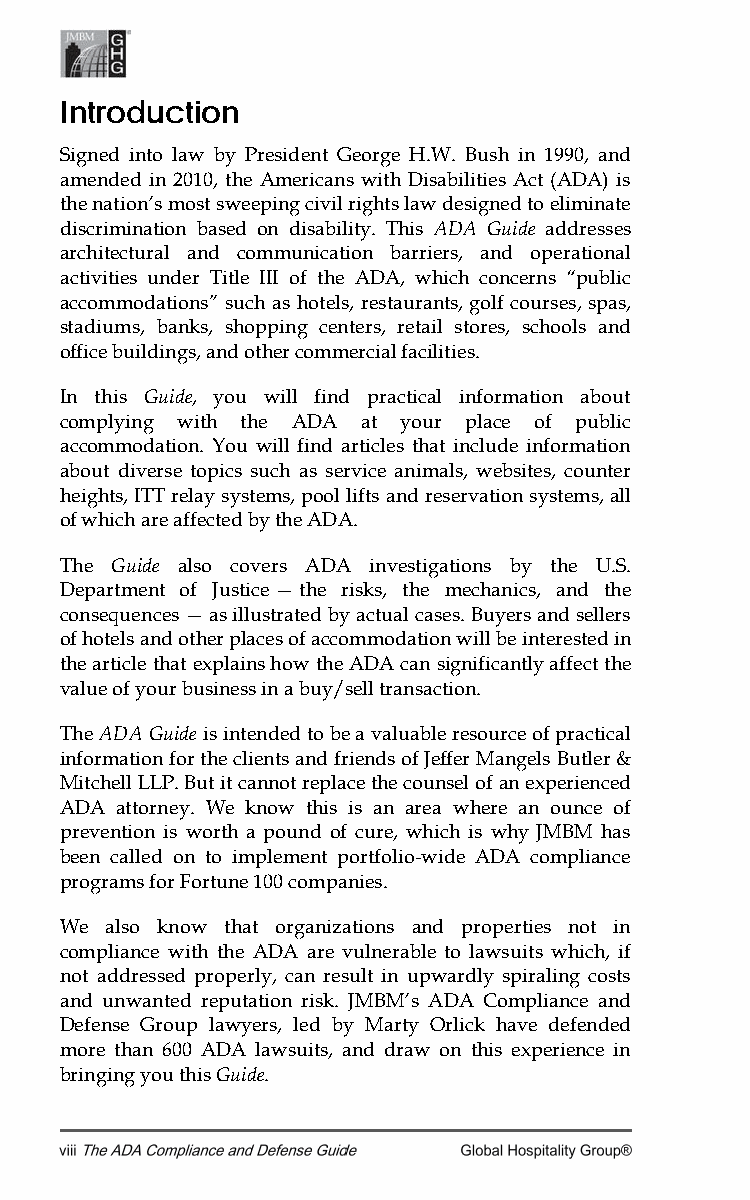
Introduction
 Signed into law by President George H.W. Bush in 1990, and
 amended in 2010, the Americans with Disabilities Act (ADA) is
 the nation’s most sweeping civil rights law designed to eliminate
 discrimination based on disability. This ADA Guide addresses
 architectural and communication barriers, and operational
 activities under Title III of the ADA, which concerns “public
 accommodations” such as hotels, restaurants, golf courses, spas,
 stadiums, banks, shopping centers, retail stores, schools and
 office buildings, and other commercial facilities.
 In this Guide, you will find practical information about
 complying with the ADA at your place of public
 accommodation. You will find articles that include information
 about diverse topics such as service animals, websites, counter
 heights, ITT relay systems, pool lifts and reservation systems, all
 of which are affected by the ADA.
 The Guide also covers ADA investigations by the U.S.
 Department of Justice — the risks, the mechanics, and the
 consequences — as illustrated by actual cases. Buyers and sellers
 of hotels and other places of accommodation will be interested in
 the article that explains how the ADA can significantly affect the
 value of your business in a buy/sell transaction.
 The ADA Guide is intended to be a valuable resource of practical
 information for the clients and friends of Jeffer Mangels Butler &
 Mitchell LLP. But it cannot replace the counsel of an experienced
 ADA attorney. We know this is an area where an ounce of
 prevention is worth a pound of cure, which is why JMBM has
 been called on to implement portfolio-wide ADA compliance
 programs for Fortune 100 companies.
 We also know that organizations and properties not in
 compliance with the ADA are vulnerable to lawsuits which, if
 not addressed properly, can result in upwardly spiraling costs
 and unwanted reputation risk. JMBM’s ADA Compliance and
 Defense Group lawyers, led by Marty Orlick have defended
 more than 600 ADA lawsuits, and draw on this experience in
 bringing you this Guide.